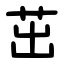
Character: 茁